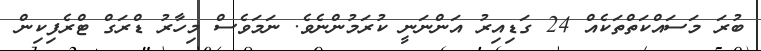
ބުރަ މަސައްކަތްތަކެއް 24 ގަޑިއިރު އަންނަނީ ކުރަމުންނެވެ. ނަމަވެސް މިހާރު ޑްރަގް ޓްރެފިކިން